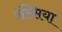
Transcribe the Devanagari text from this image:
रस्सिया